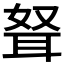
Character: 𰭺